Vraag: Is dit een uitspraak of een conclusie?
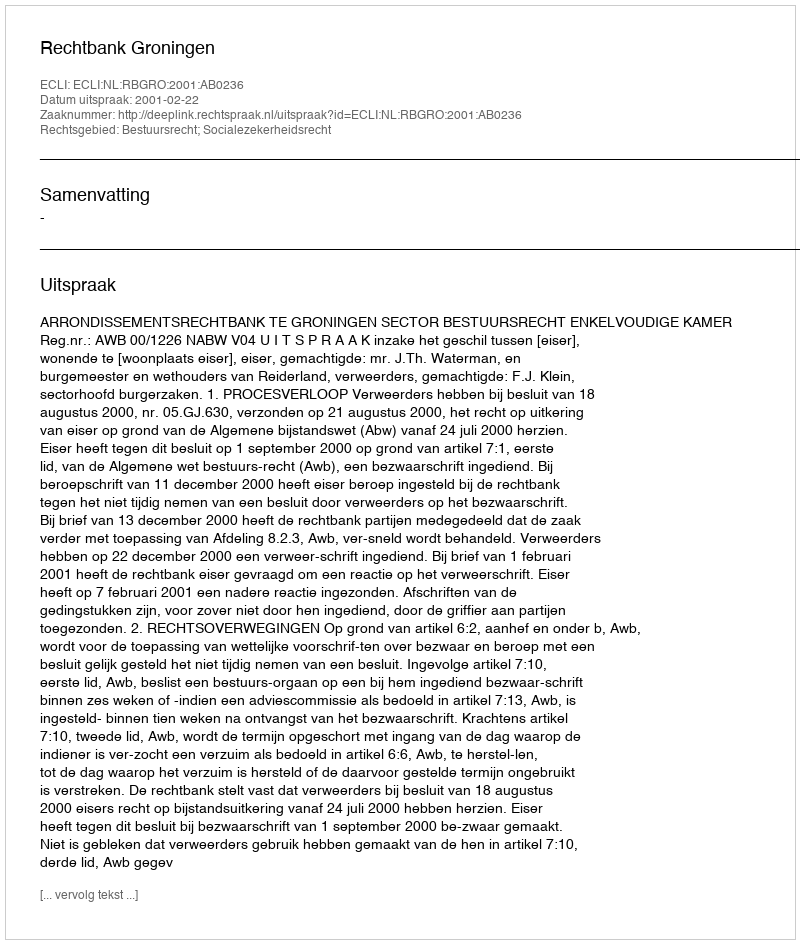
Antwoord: Uitspraak